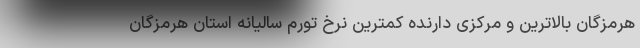
هرمزگان بالاترین و مرکزی دارنده کمترین نرخ تورم سالیانه استان هرمزگان